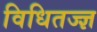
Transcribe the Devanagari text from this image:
विधितज्‍ज्ञ